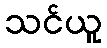
သင်ယူ